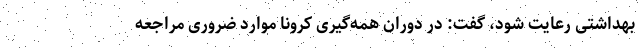
بهداشتی رعایت شود، گفت: در دوران همه‌گیری کرونا موارد ضروری مراجعه